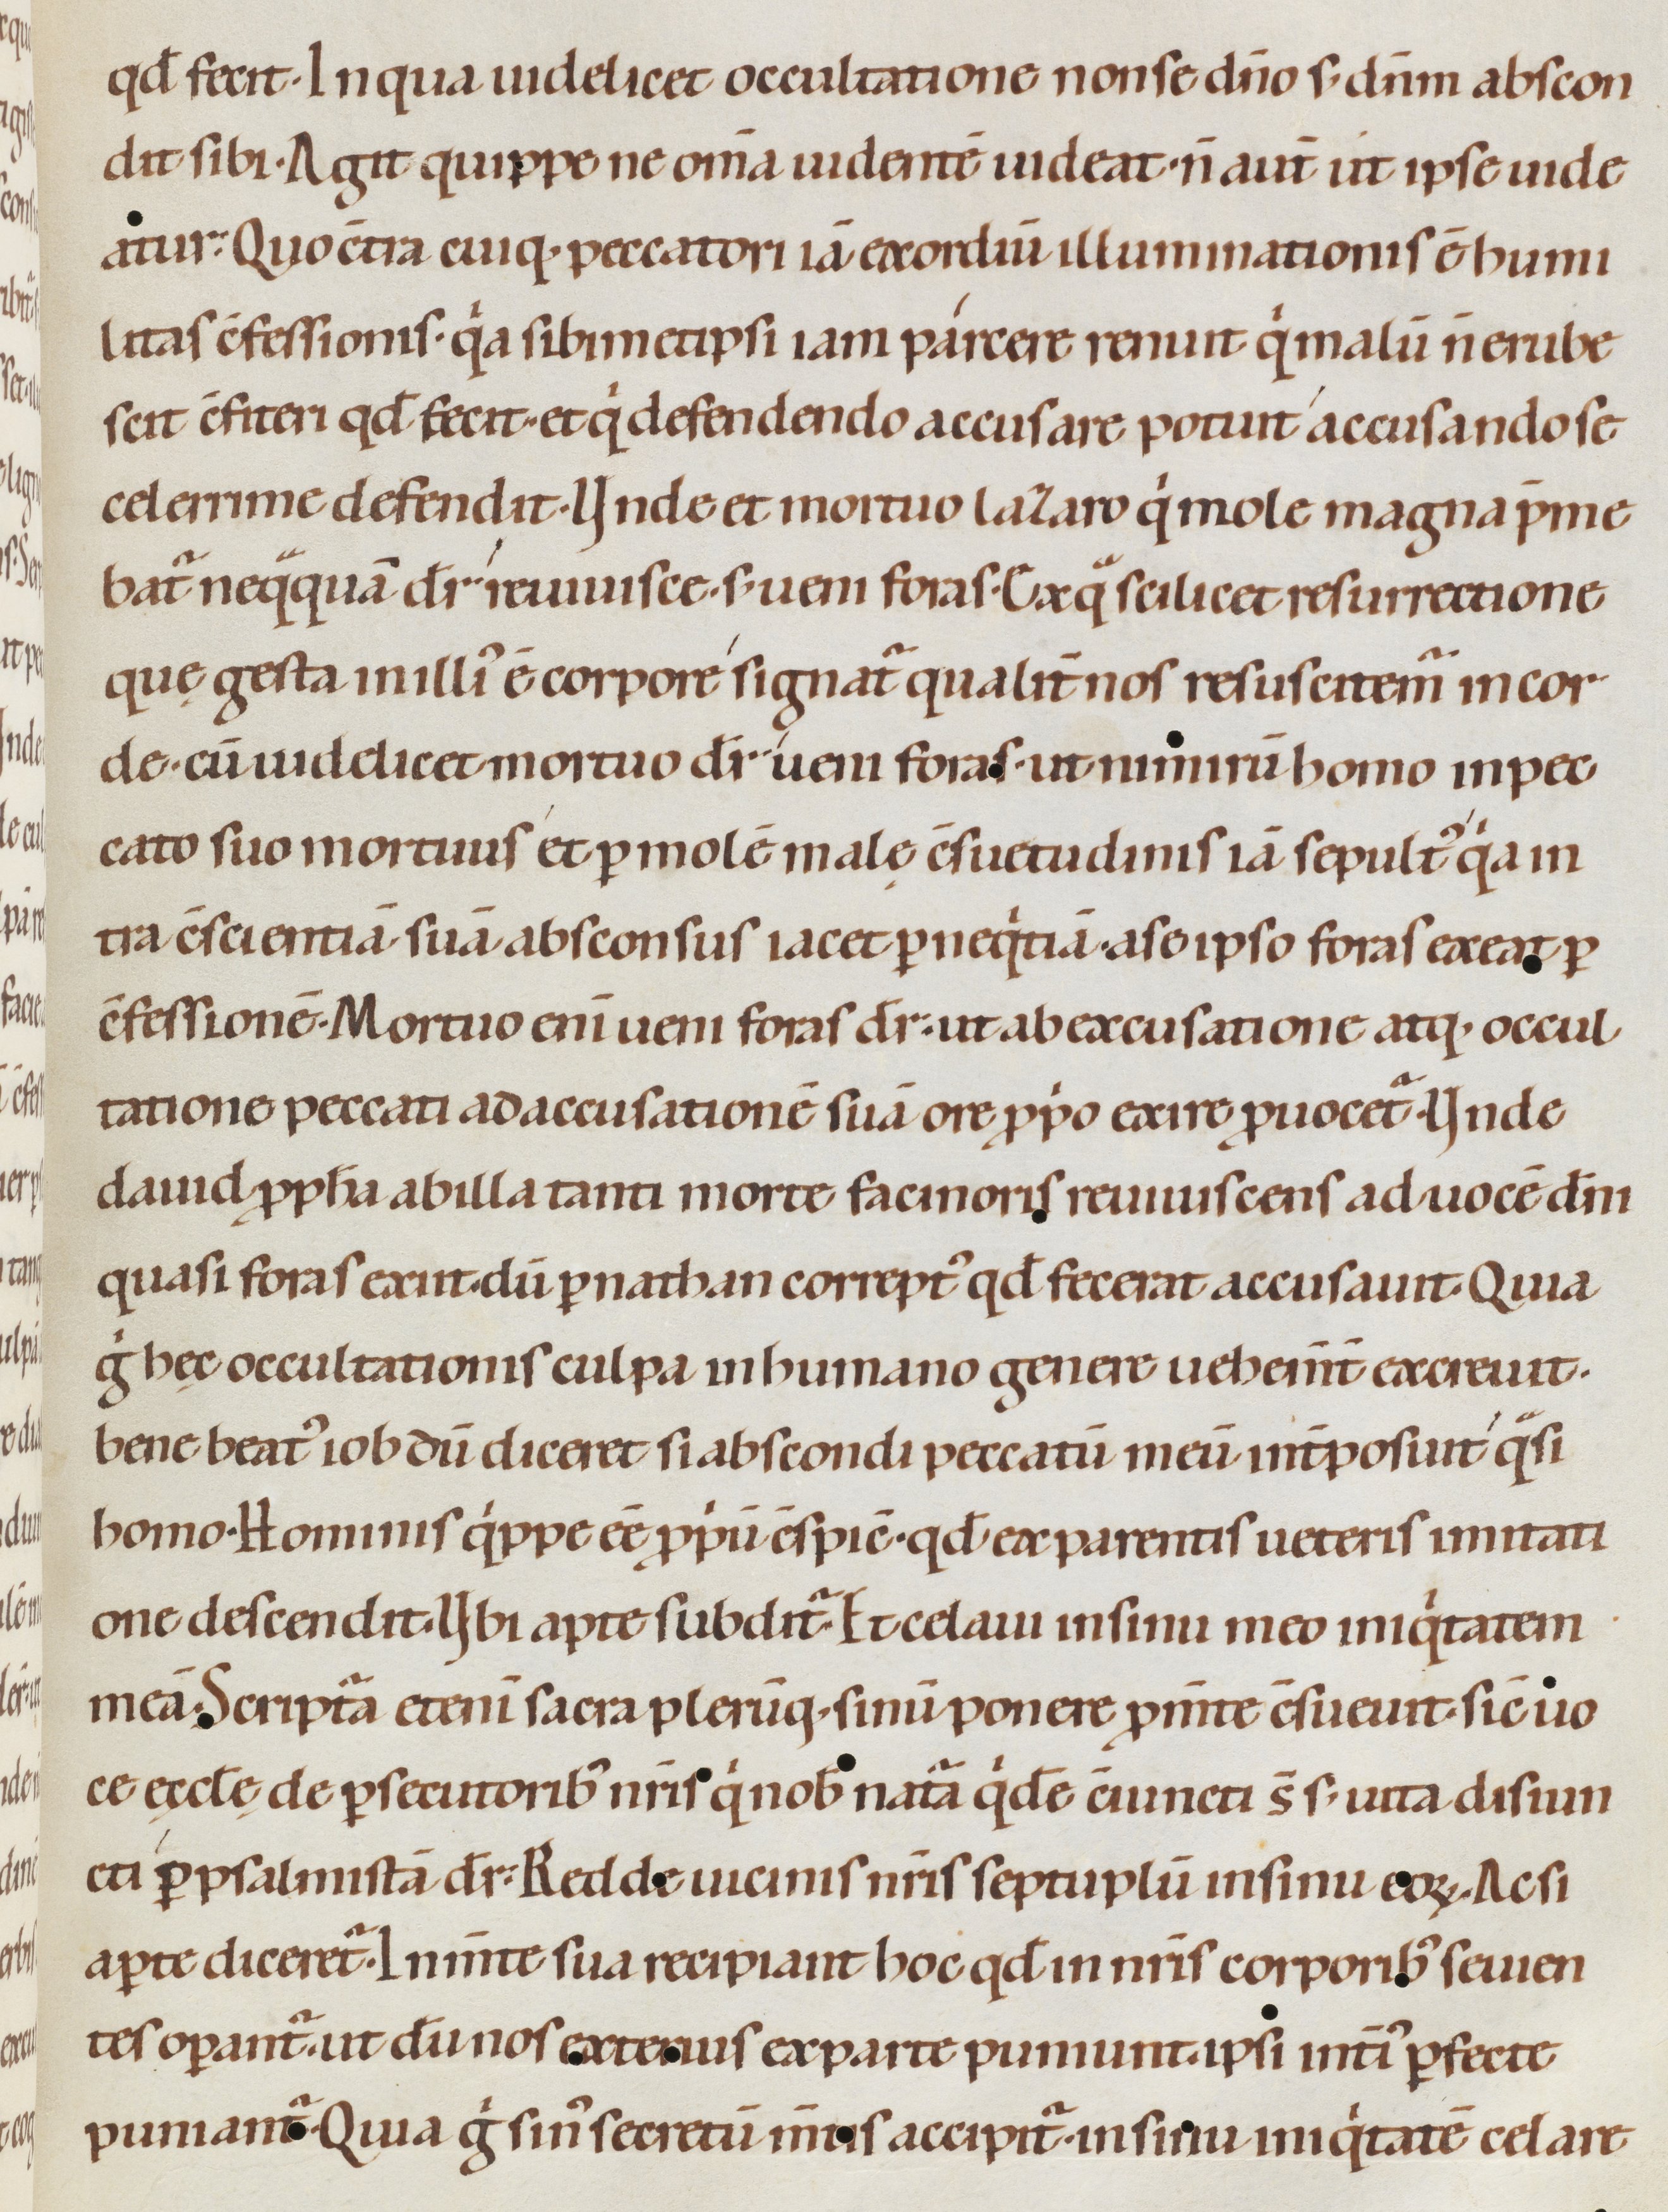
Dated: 1080–1096